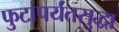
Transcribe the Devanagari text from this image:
फुटांपर्यंतसुद्धा